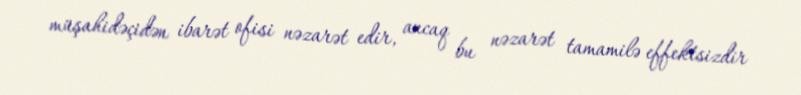
müşahidəçidən ibarət ofisi nəzarət edir, ancaq bu nəzarət tamamilə effektsizdir